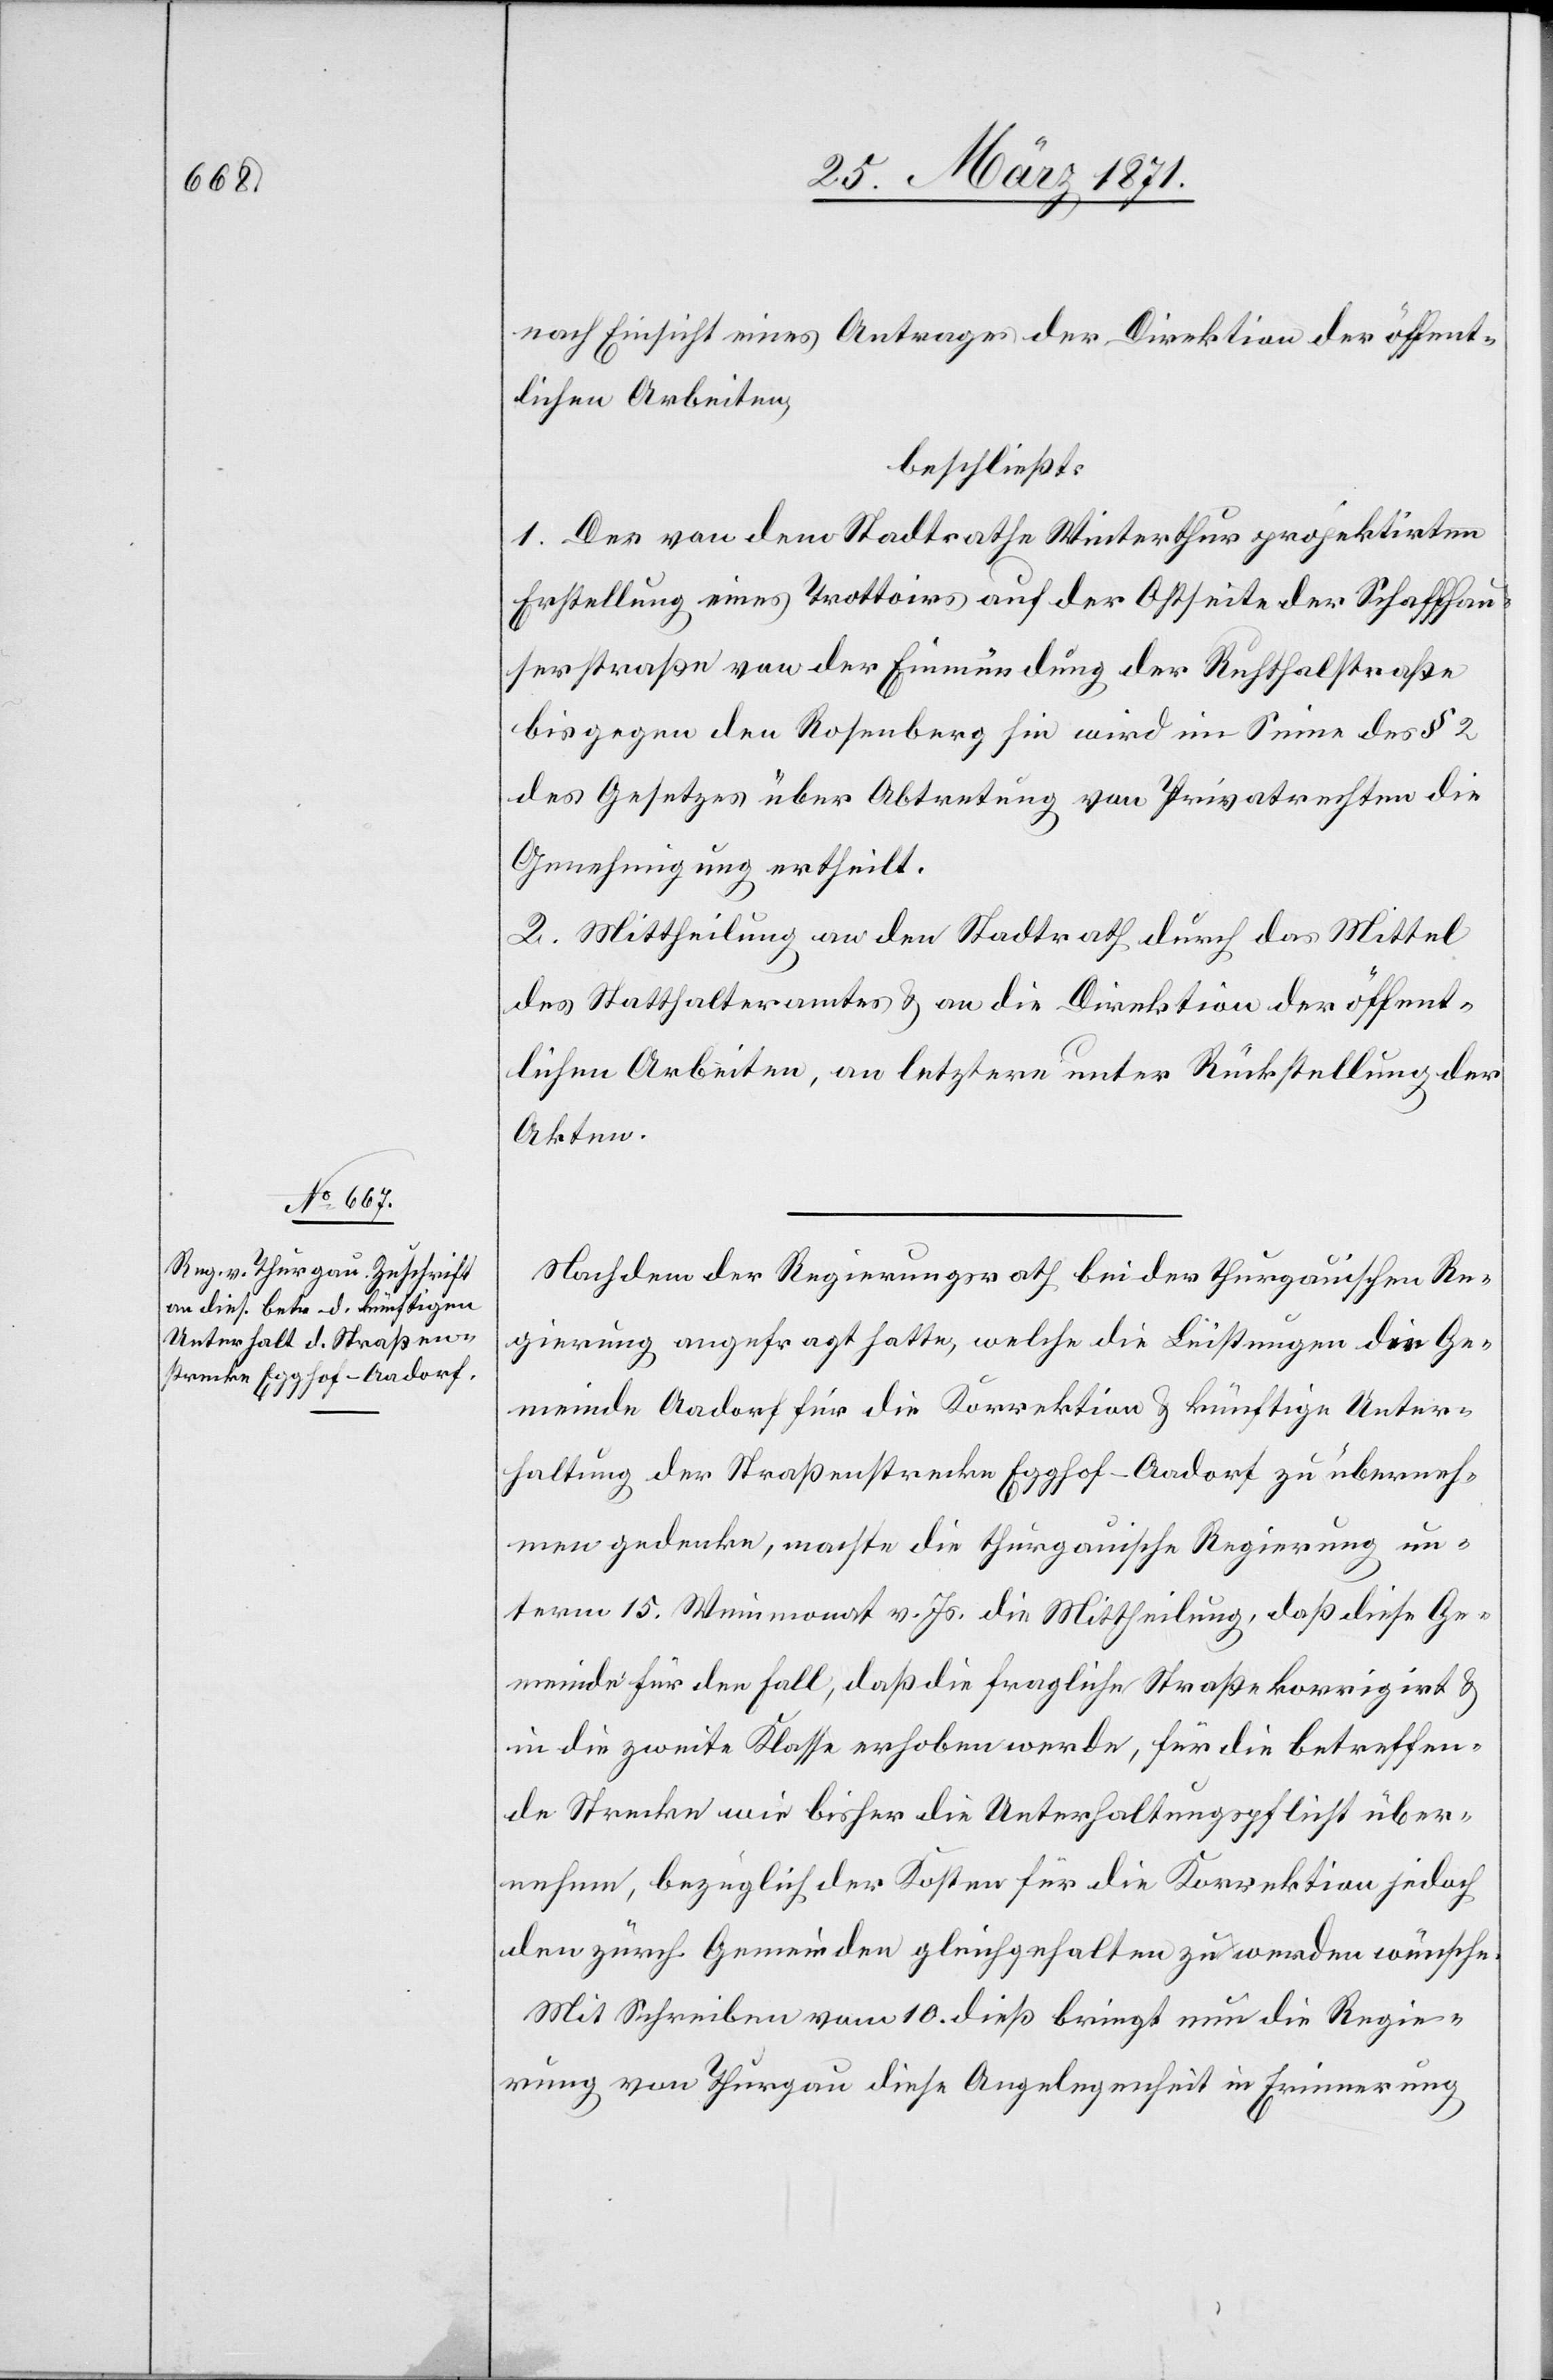
nach Einsicht eines Antrages der Direktion der öffent¬
lichen Arbeiten,
beschließt:
1. Der von dem Stadtrathe Winterthur projektirten
Erstellung eines Trottoirs auf der Ostseite der Schaffhau¬
serstraße von der Einmündung der Ruhthalstraße
bis gegen den Rosenberg hin wird im Sinne des § 2
des Gesetzes über Abtretung von Privatrechten die
Genehmigung ertheilt.
2. Mittheilung an den Stadtrath durch das Mittel
des Statthalteramtes u. an die Direktion der öffent¬
lichen Arbeiten, an letztere unter Rückstellung der
Akten.
Nachdem der Regierungsrath bei der thurgauischen Re¬
gierung angefragt hatte, welche die Leistungen die Ge¬
meinde Aadorf für die Korrektion u. künftige Unter¬
haltung der Straßenstrecke Egghof-Aadorf zu überneh¬
men gedenke, machte die thurgauische Regierung un¬
term 15. Weinmonat v. Js. die Mittheilung, daß diese Ge¬
meinde für den Fall, daß die fragliche Straße korrigirt u.
in die zweite Klasse erhoben werde, für die betreffen¬
de Strecke wie bisher die Unterhaltungspflicht über¬
nehme, bezüglich der Kosten für die Korrektion jedoch
den zürch. Gemeinden gleichgehalten zu werden wünsche.
Mit Schreiben vom 10. dieß bringt nun die Regie¬
rung von Thurgau diese Angelegenheit in Erinnerung